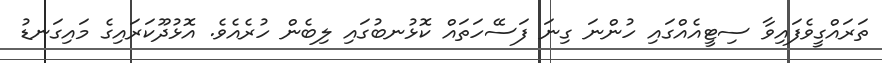
ތަރައްގީވެފައިވާ ސިޓީއެއްގައި ހުންނަ ގިނަ ފަސޭހަތައް ކޮޅުނބުގައި ލިބެން ހުރެއެވެ. އޮޅުދޫކަރައިގެ މައިގަނޑު